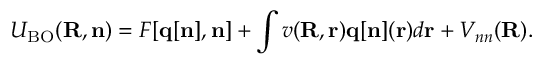
{ \displaystyle { \cal U } _ { \mathrm { B O } } ( { \bf R } , { \bf n } ) = { \cal F } [ { \bf q } [ { \bf n } ] , { \bf n } ] + \int v ( { \bf R } , { \bf r } ) { \bf q } [ { \bf n } ] ( { \bf r } ) d { \bf r } + V _ { n n } ( { \bf R } ) } .